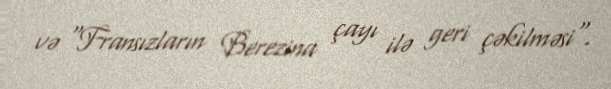
və "Fransızların Berezina çayı ilə geri çəkilməsi".